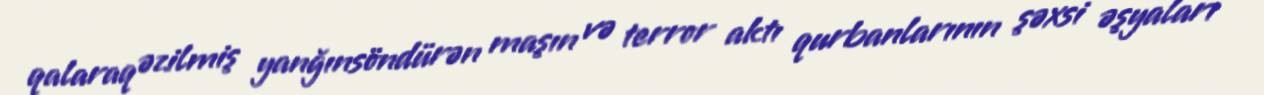
qalaraq əzilmiş yanğınsöndürən maşın və terror aktı qurbanlarının şəxsi əşyaları